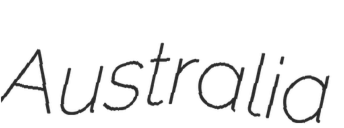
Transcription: Australia